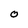
Character: o